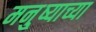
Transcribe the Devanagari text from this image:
मनु्ष्याच्या